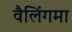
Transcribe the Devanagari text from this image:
वैलिंगमा